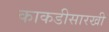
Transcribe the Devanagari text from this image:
काकडीसारखी